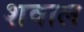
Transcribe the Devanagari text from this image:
शवाल